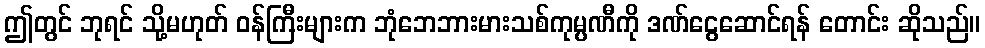
ဤတွင် ဘုရင် သို့မဟုတ် ဝန်ကြီးများက ဘုံဘေဘားမားသစ်ကုမ္ပဏီကို ဒဏ်ငွေဆောင်ရန် တောင်း ဆိုသည်။